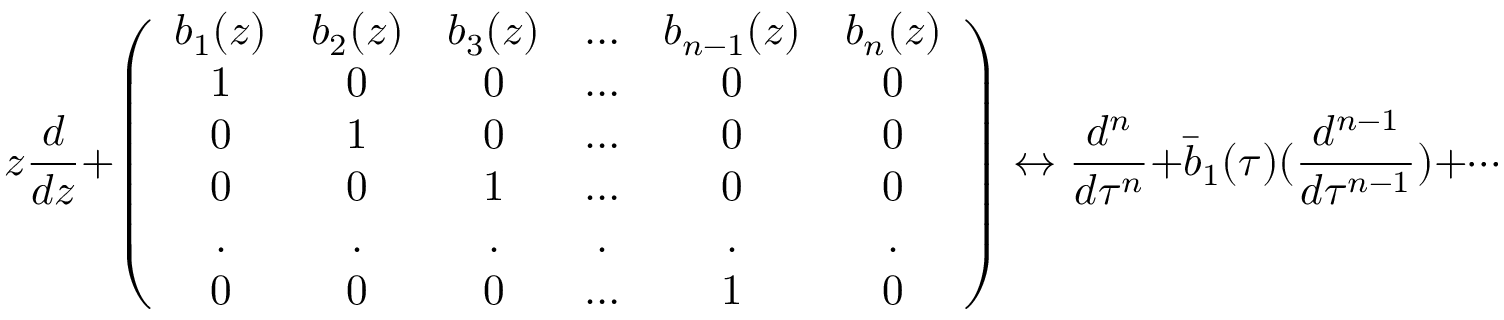
z \frac { d } { d z } + \left( \begin{array} { c c c c c c } { { b _ { 1 } ( z ) } } & { { b _ { 2 } ( z ) } } & { { b _ { 3 } ( z ) } } & { { \ldots } } & { { b _ { n - 1 } ( z ) } } & { { b _ { n } ( z ) } } \\ { { 1 } } & { { 0 } } & { { 0 } } & { { \ldots } } & { { 0 } } & { { 0 } } \\ { { 0 } } & { { 1 } } & { { 0 } } & { { \ldots } } & { { 0 } } & { { 0 } } \\ { { 0 } } & { { 0 } } & { { 1 } } & { { \ldots } } & { { 0 } } & { { 0 } } \\ { { . } } & { { . } } & { { . } } & { { . } } & { { . } } & { { . } } \\ { { 0 } } & { { 0 } } & { { 0 } } & { { \ldots } } & { { 1 } } & { { 0 } } \end{array} \right) \leftrightarrow \frac { d ^ { n } } { d \tau ^ { n } } + \bar { b } _ { 1 } ( \tau ) ( \frac { d ^ { n - 1 } } { d \tau ^ { n - 1 } } ) + \cdots + \bar { b } _ { n } ( \tau ) ,